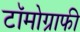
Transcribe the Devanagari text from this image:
टॉमोग्राफी